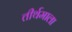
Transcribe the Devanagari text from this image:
तीर्थमाला